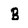
Character: B